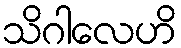
သိဂါလေဟိ